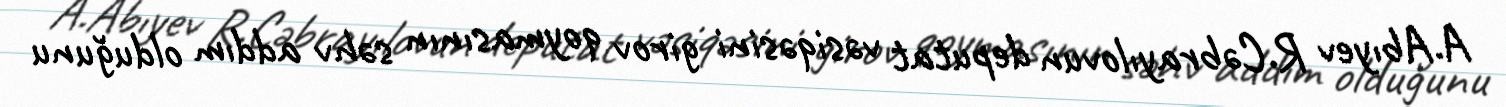
A.Abıyev R.Cəbrayılovun deputat vəsiqəsini girov qoymasının səhv addım olduğunu